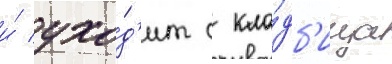
и́ ухо́д'ит с кла́дб'ища